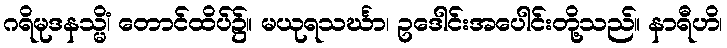
ဂရိမုဒနသ္မိံ၊ တောင်ထိပ်၌။ မယုရသင်္ဃာ၊ ဥဒေါင်းအပေါင်းတို့သည်။ နာရီဟိ၊